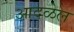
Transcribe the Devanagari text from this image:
आदळेल